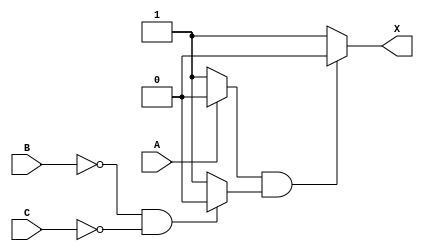
module circuit01(A, B, C ,X); 
input A, B, C; 
output X; 
reg X; 
reg w1 , w2; 
always @(A or B or C)
begin 
    if( A == 1'b1)
    begin
        w1 = 1'b0;
    end
    else
    begin
        w1 = 1'b1;  
    end    
    if( B == 1'b0 && C == 1'b0)
    begin
        w2 = 1'b0; 
    end
    else
    begin 
        w2 = 1'b1; 
    end  
    if(w1== 1'b1 && w2 == 1'b1) 
    begin
        X= 1'b0;
    end
    else
    begin
       X= 1'b1;
    end
end
endmodule

module test; 
reg A, B, C; 
wire D;
circuit01 i(A, B, C , D);
initial 
begin 
    A = 1'b0;
    B= 1'b0;
    C= 1'b0;

    $monitor("Time= %0t , a= %b, b= %b , c = %b , x = %b", $time , A , B , C , D);

    #5 A = 1'b0 ; B = 1'b0 ; C = 1'b0;
    #5 A = 1'b0 ; B = 1'b0 ; C = 1'b1;
    #5 A = 1'b0 ; B = 1'b1 ; C = 1'b0;
    #5 A = 1'b0 ; B = 1'b1 ; C = 1'b1;
    #5 A = 1'b1 ; B = 1'b0 ; C = 1'b0;
    #5 A = 1'b1 ; B = 1'b0 ; C = 1'b1;
    #5 A = 1'b1 ; B = 1'b1 ; C = 1'b0;
    #5 A = 1'b1 ; B = 1'b1 ; C = 1'b1;

end 
endmodule